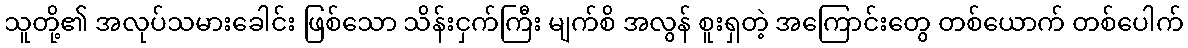
သူတို့၏ အလုပ်သမားခေါင်း ဖြစ်သော သိန်းငှက်ကြီး မျက်စိ အလွန် စူးရှတဲ့ အကြောင်းတွေ တစ်ယောက် တစ်ပေါက်